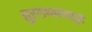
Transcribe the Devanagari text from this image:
सुरगाण्यापासून